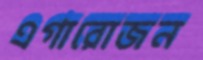
এগারোজন